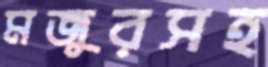
মজুরসহ